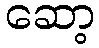
ဆော့